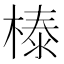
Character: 𣗘